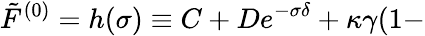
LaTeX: \tilde{F}^{(0)}=h(\sigma)\equiv C+De^{-\sigma\delta}+\kappa\gamma(1-